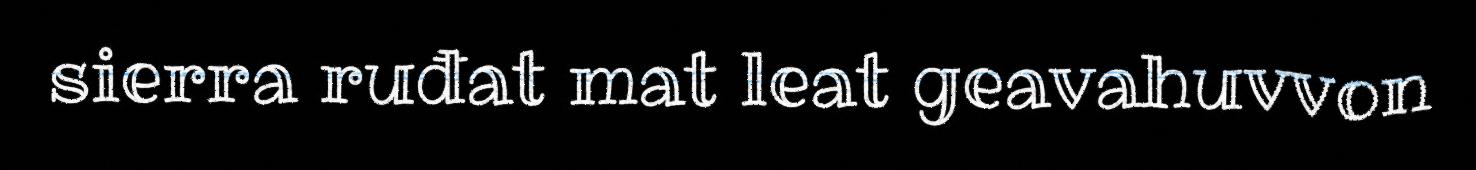
sierra ruđat mat leat geavahuvvon